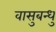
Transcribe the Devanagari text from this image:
वासुबन्धु